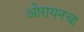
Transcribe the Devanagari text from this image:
ओरायनचा